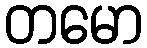
တမော